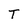
Character: T